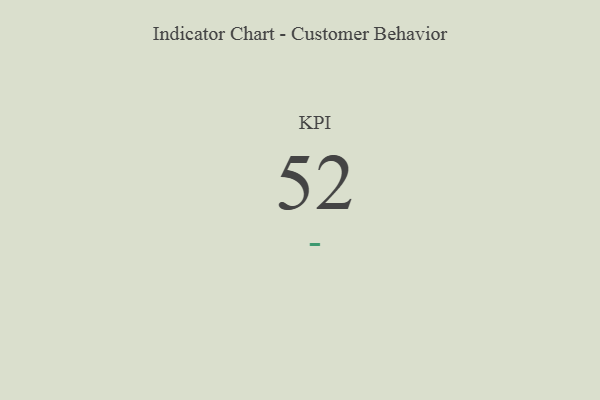
{"axis": {"x": "KPI", "y": "Value"}, "legend": [""], "data": [{"x": "KPI", "y": 52, "type": ""}]}